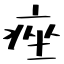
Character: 痤